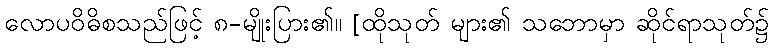
လောပဝိဓိစသည်ဖြင့် ၈-မျိုးပြား၏။ [ထိုသုတ် များ၏ သဘောမှာ ဆိုင်ရာသုတ်၌